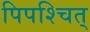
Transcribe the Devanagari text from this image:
पिपश्चित्